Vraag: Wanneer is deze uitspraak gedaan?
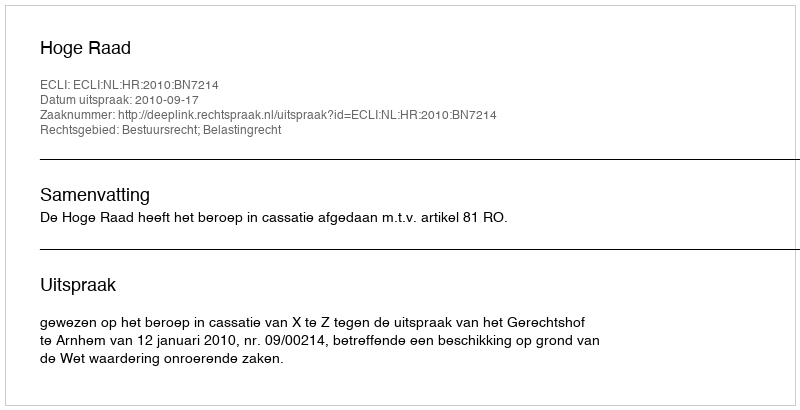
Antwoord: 2010-09-17